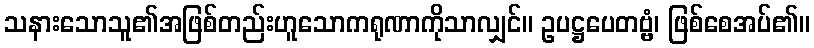
သနားသောသူ၏အဖြစ်တည်းဟူသောကရုဏာကိုသာလျှင်။ ဥပဋ္ဌပေတဗ္ဗံ၊ ဖြစ်စေအပ်၏။